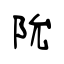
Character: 阭